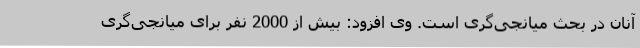
آنان در بحث میانجی‌گری است. وی افزود: بیش از 2000 نفر برای میانجی‌گری